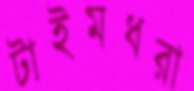
টাইমধরা